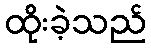
ထိုးခဲ့သည်